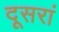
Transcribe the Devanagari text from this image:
दूसरां